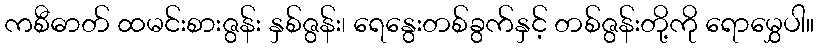
ကစီဓာတ် ထမင်းစားဇွန်း နှစ်ဇွန်း၊ ရေနွေးတစ်ခွက်နှင့် တစ်ဇွန်းတို့ကို ရောမွှေပါ။